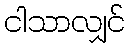
ငါသာလျှင်